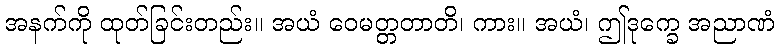
အနက်ကို ထုတ်ခြင်းတည်း။ အယံ ဝေမတ္တတာတိ၊ ကား။ အယံ၊ ဤဒုက္ခေ အညာဏံ